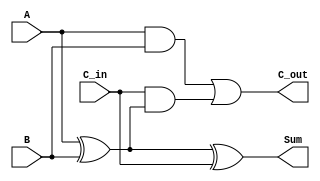
module full_adder (
    input wire A,
    input wire B,
    input wire C_in,
    output wire Sum,
    output wire C_out
);
    assign Sum = A ^ B ^ C_in;            // Sum = A  B  C_in
    assign C_out = (A & B) | (C_in & (A ^ B)); // C_out = AB + C_in(A  B)
endmodule